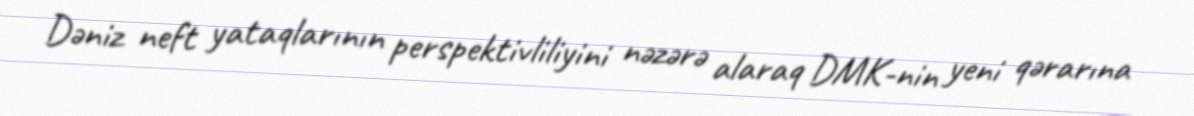
Dəniz neft yataqlarının perspektivliliyini nəzərə alaraq DMK-nin yeni qərarına